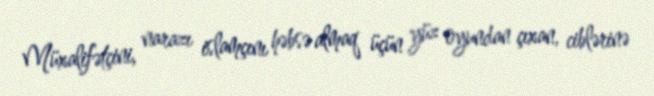
Müxalifətçini, narazı islamçını həbsə almaq üçün yüz oyundan çıxan, ciblərinə